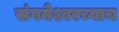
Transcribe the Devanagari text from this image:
संगमेश्वरच्याच